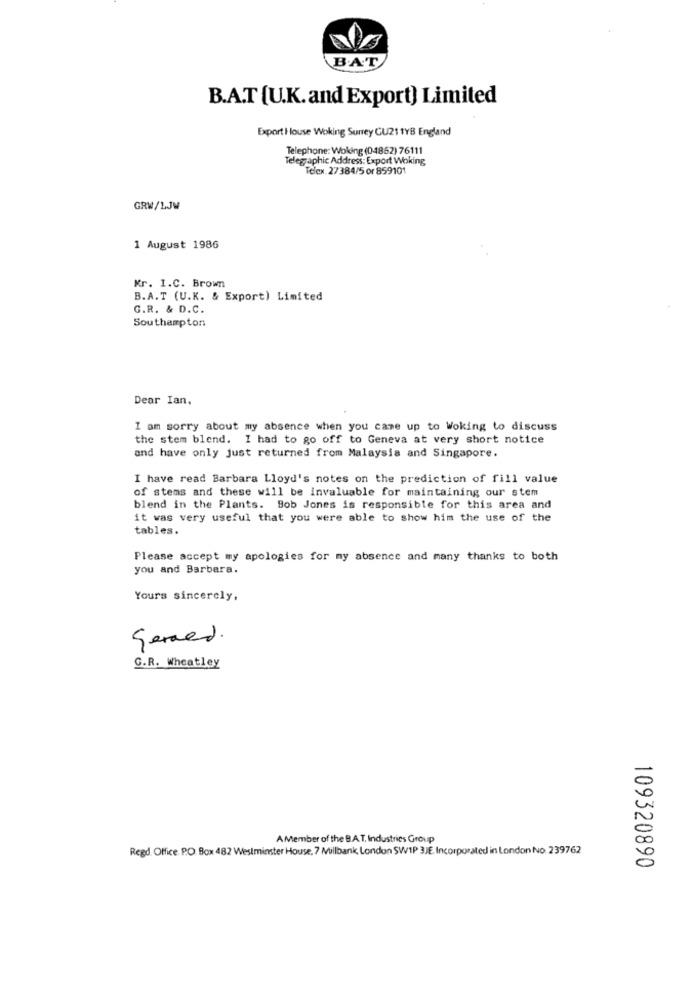
B.A.T
B.A.T [U.K. and Export) Limited
Export House Woking Surrey GU21 1YB England
Telephone: Woking (04862) 76111
Telegraphic Address: Export Woking
Telex 27384/5 or 859101
GRW/LJW
1 August 1986
Kr. I.C. Brown
B.A.T (U.K. & Export) Limited
G.R. & D.C.
Southampton
Dear Ian.
I am sorry about my absence when you came up to Woking to discuss
the stem blend. I had to go off to Geneva at very short notice
and have only just returned from Malaysia and Singapore.
I have read Barbara Lloyd's notes on the prediction of fill value
of stems and these will be invaluable for maintaining our stem
blend in the Plants. Bob Jones is responsible for this area and
it was very useful that you were able to show him the use of the
tables.
Please accept my apologies for my absence and many thanks to both
you and Barbara.
Yours sincerely,
Gerard.
G.R. Wheatley
AMember of the B.A.T. Industries Group
Regd. Office. P.O. Box 482 Westminster House, 7 Millbank, London SW1P 3JE Incorporated in London No. 239762
109320890